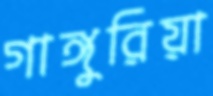
গাঙ্গুরিয়া